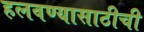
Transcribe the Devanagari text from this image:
हलवण्यासाठीची